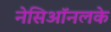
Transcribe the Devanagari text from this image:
नेसिऑनलके